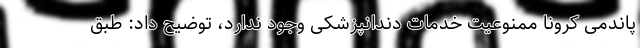
پاندمی کرونا ممنوعیت خدمات دندانپزشکی وجود ندارد، توضیح داد: طبق